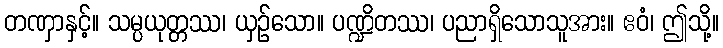
တဏှာနှင့်။ သမ္ပယုတ္တဿ၊ ယှဉ်သော။ ပဏ္ဍိတဿ၊ ပညာရှိသောသူအား။ ဧဝံ၊ ဤသို့။